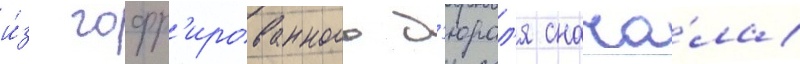
и́з гофр'ированного д'юрал'я снача́ла